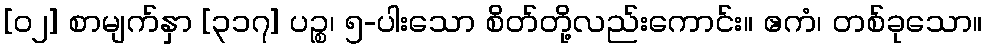
[၀၂] စာမျက်နှာ [၃၁၇] ပဉ္စ၊ ၅-ပါးသော စိတ်တို့လည်းကောင်း။ ဧကံ၊ တစ်ခုသော။